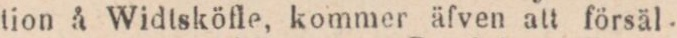
tion å Widtsköfle, kommer äfven att försäl